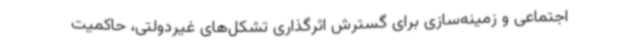
اجتماعی و زمینه‌سازی برای گسترش اثرگذاری تشکل‌های غیردولتی، حاکمیت